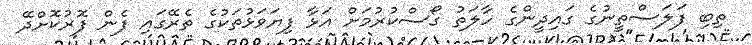
ތިބި ފަލަސްތީނުގެ ގައިދީންގެ ހާލަތު ގޯސްކުރުމަށް އަޅާ ފިޔަވަޅުތަކުގެ ތެރޭގައި ފެން ފޮރުކޮށްދޭ